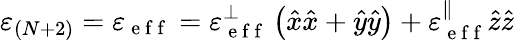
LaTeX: \varepsilon_{(N+2)}=\varepsilon_{\mathrm{~e~f~f~}}=\varepsilon_{\mathrm{~e~f~f~}}^{\perp}\left(\hat{x}\hat{x}+\hat{y}\hat{y}\right)+\varepsilon_{\mathrm{~e~f~f~}}^{\parallel}\hat{z}\hat{z}